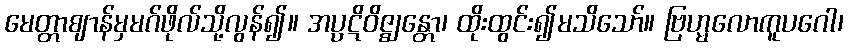
မေတ္တာဈာန်မှမဂ်ဖိုလ်သို့လွန်၍။ အပ္ပဋိဝိဇ္ဈန္တော၊ ထိုးထွင်း၍မသိသော်။ ဗြဟ္မလောကူပဂေါ၊